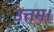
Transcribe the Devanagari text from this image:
उत्तम।